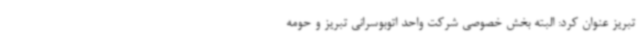
تبریز عنوان کرد: البته بخش خصوصی شرکت واحد اتوبوسرانی تبریز و حومه